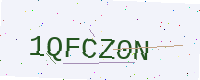
Text: 1QFCZ0N